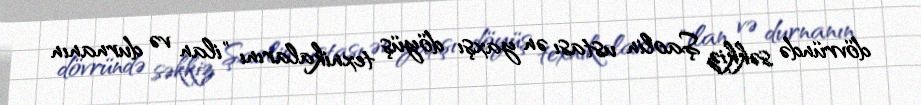
dövründə səkkiz Şaolin ustası ən yaxşı döyüş texnikalarını "ilan və durnanın